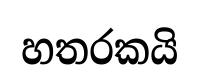
හතරකයි